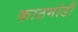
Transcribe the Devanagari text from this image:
काठमांडौं